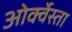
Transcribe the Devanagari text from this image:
ओर्क्वेस्ता